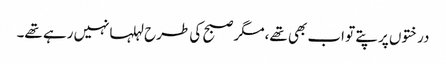
درختوں پر پتے تو اب بھی تھے،مگر صبح کی طرح لہلہانہیں رہے تھے۔